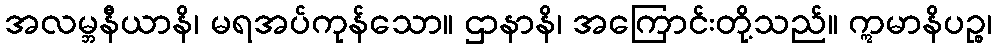
အလမ္ဘနီယာနိ၊ မရအပ်ကုန်သော။ ဌာနာနိ၊ အကြောင်းတို့သည်။ ဣမာနိပဉ္စ၊